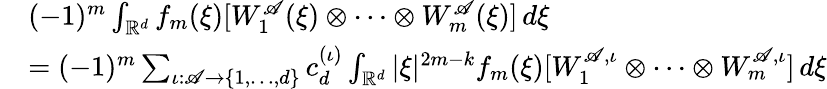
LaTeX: \begin{array}{rl}&{(-1)^{m}\int_{\mathbb R^{d}}f_{m}(\xi)[W_{1}^{\mathscr{A}}(\xi)\otimes\cdots\otimes W_{m}^{\mathscr{A}}(\xi)]\, d\xi}\\ &{=(-1)^{m}\sum_{\iota:\mathscr{A}\to\{ 1,\ldots,d\} }c_{d}^{(\iota)}\int_{\mathbb R^{d}}|\xi|^{2m-k}f_{m}(\xi)[W_{1}^{\mathscr{A},\iota}\otimes\cdots\otimes W_{m}^{\mathscr{A},\iota}]\, d\xi}\end{array}